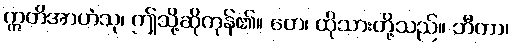
ဣတိအာဟံသု၊ ဤသို့ဆိုကုန်၏။ တေ၊ ထိုသားတို့သည်။ ဘီတာ၊